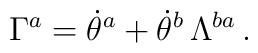
\Gamma^a=\dot\theta^a+\dot\theta^b\,\Lambda^{ba}\,.